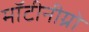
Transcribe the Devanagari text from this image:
मॉटीनीग्रो